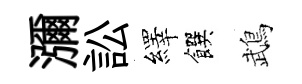
瀰訟繹饌鵡